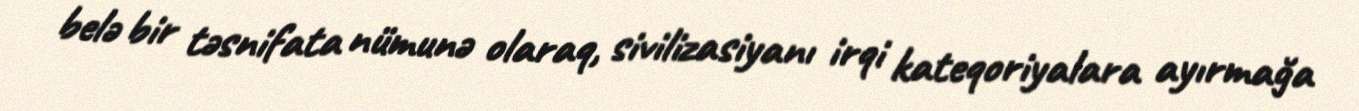
belə bir təsnifata nümunə olaraq, sivilizasiyanı irqi kateqoriyalara ayırmağa